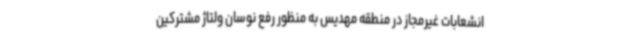
انشعابات غیرمجاز در منطقه مهدیس به منظور رفع نوسان ولتاژ مشترکین